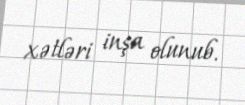
xətləri inşa olunub.